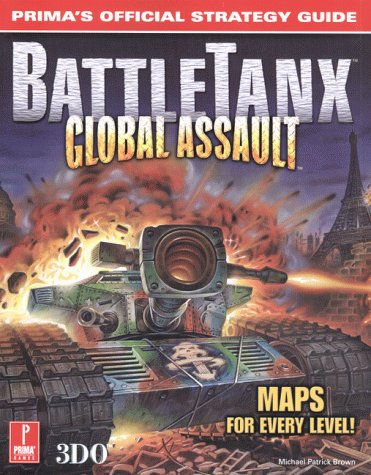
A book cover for BattleTanx: Global Assault; Michael Patrick Brown; Science Fiction & Fantasy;